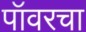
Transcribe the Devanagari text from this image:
पॉवरचा